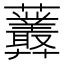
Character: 𧆁